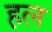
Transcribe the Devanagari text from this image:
ह़ल